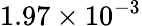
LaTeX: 1.97\times{{10}^{-3}}